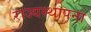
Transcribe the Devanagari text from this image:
राज्यस्थापना